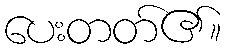
ပေးတတ်၏။